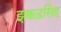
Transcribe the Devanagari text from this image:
झक्कड़सिंह